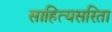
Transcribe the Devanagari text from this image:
साहित्यसरिता